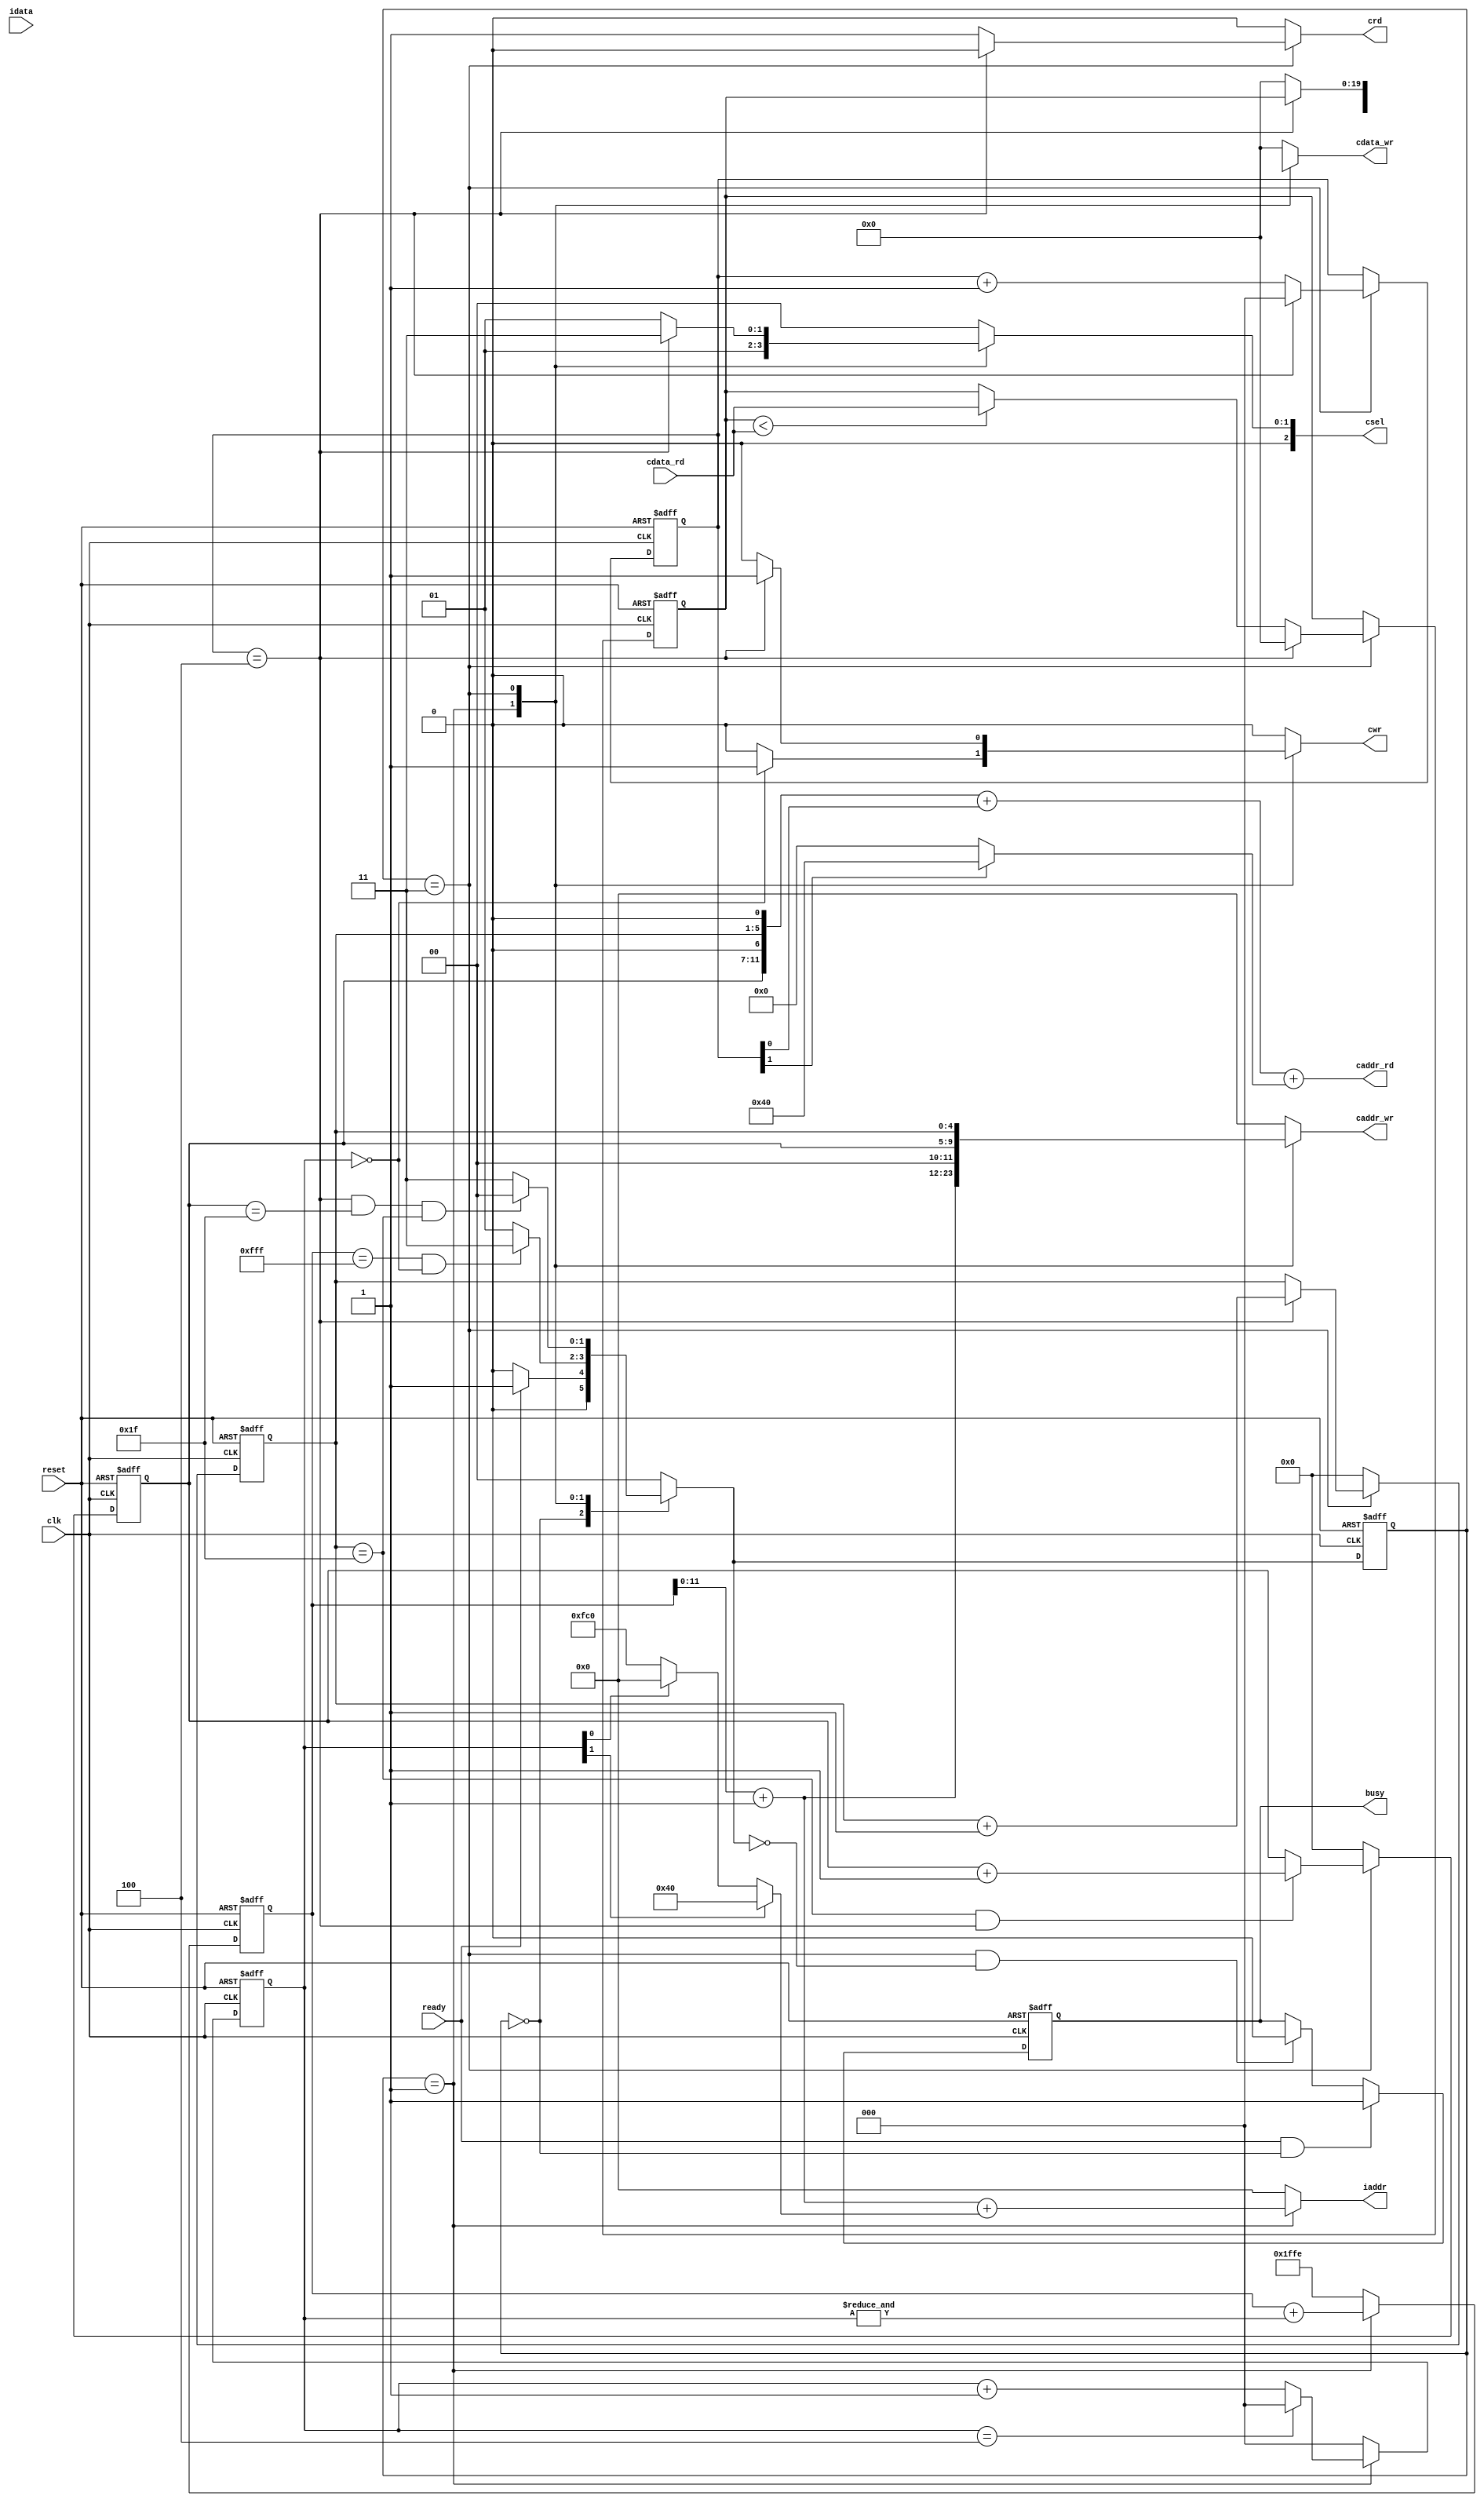
module  CONV(
	input		clk,
	input		reset,
	output reg  busy,	
	input		ready,	
			
	output reg [11:0]iaddr,
	input [19:0]idata,	
	
	output reg	cwr,
	output reg [11:0]caddr_wr,
	output reg [19:0]cdata_wr,
	
	output	 	crd,
	output[11:0]caddr_rd,
	input [19:0]cdata_rd,
	
	output reg [2:0]csel
);

// --------------------------------------------------------
// share data
// --------------------------------------------------------
//reg cwr_0;
wire [11:0] caddr_wr_0;
wire [19:0] cdata_wr_0;
wire cwr_0, cwr_1;
//reg [2:0] csel_0;

wire eof_L1;
wire [2:0] csel_1;
wire [11:0]caddr_wr_1;
wire [19:0]cdata_wr_1;
reg [19:0]buffer_comp;

// -------------------------------------------------------
// reg & wire
// -------------------------------------------------------
reg signed [19:0] window[8:0];
wire signed [19:0]window_0[2:0];
wire signed [19:0]window_L[2:0]; //last
wire signed [42:0] sum;
wire signed [42:0] after_bias;
wire signed [42:0] Relu_result;
wire signed [19:0]final_result;

wire [11:0]offset;
wire [11:0]iaddr_temp;
reg [39:0] sum_reg[7:0]; 

// cao
reg [2:0]state_cnt;
reg [4:0]row_cnt;
reg [4:0]col_cnt;
wire [11:0]temp;

// henry
reg [2:0] cnt;
reg [12:0] iaddr_cnt;

wire   eof_L0;
// -------------------------------------------------------
// parameter & genvar
// -------------------------------------------------------
parameter S_READY  = 2'b00;
parameter S_LAYER0 = 2'b01;
parameter S_LAYER1 = 2'b11;

parameter signed kernel_0 = 20'h0A89E;
parameter signed kernel_1 = 20'h092D5;
parameter signed kernel_2 = 20'h06D43;
parameter signed kernel_3 = 20'h01004;
parameter signed kernel_4 = 20'hF8F71;
parameter signed kernel_5 = 20'hF6E54;
parameter signed kernel_6 = 20'hFA6D7;
parameter signed kernel_7 = 20'hFC834;
parameter signed kernel_8 = 20'hFAC19;


reg [1:0] c_state,n_state;

genvar i;


// -------------------------------------------------------
// Design 
// -------------------------------------------------------
assign window_0[0] = (iaddr_cnt[5:0] == 'd0) ? 20'd0 :  window[0];
assign window_0[1] = (iaddr_cnt[5:0] == 'd0) ? 20'd0 :  window[3];
assign window_0[2] = (iaddr_cnt[5:0] == 'd0) ? 20'd0 :  window[6];

assign window_L[0] = (iaddr_cnt[5:0] == 'd63) ? 20'd0 :  window[2];
assign window_L[1] = (iaddr_cnt[5:0] == 'd63) ? 20'd0 :  window[5];
assign window_L[2] = (iaddr_cnt[5:0] == 'd63) ? 20'd0 :  window[8];

// =============================================================================
assign eof_L0 = (iaddr_cnt == 13'h0fff && cnt == 2'd4);  
assign after_bias = sum + {4'd0,20'h01310,16'd0}; 
assign Relu_result = (after_bias[42])? 43'd0: after_bias;
assign final_result = $signed(Relu_result[35:16]) + {19'd0,Relu_result[15]};
// =============================================================================
assign cwr_0 = (cnt == 2'd4) ? 1'b1 : 1'b0;
assign cdata_wr_0 = final_result;
assign caddr_wr_0 = iaddr_cnt + 13'd1;

wire [19:0]window_w[8:0];

assign {window_w[8],window_w[7],window_w[6],window_w[5],window_w[4],window_w[3],window_w[2],window_w[1],window_w[0]} = {window_L[2],window[7],window_0[2],window_L[1],window[4],window_0[1],window_L[0],window[1],window_0[0]};


assign sum = sum_reg[0] + sum_reg[1] + sum_reg[2]+ sum_reg[3]+ sum_reg[4]+ sum_reg[5]+ sum_reg[6]+ sum_reg[7]+ sum_reg[8];

always @(posedge clk or negedge reset) begin
    if (!reset) begin
        sum_reg[0] <= 40'd0;       
        sum_reg[1] <= 40'd0;       
        sum_reg[2] <= 40'd0;       
        sum_reg[3] <= 40'd0;       
        sum_reg[4] <= 40'd0;       
        sum_reg[5] <= 40'd0;       
        sum_reg[6] <= 40'd0;       
        sum_reg[7] <= 40'd0;       
        sum_reg[8] <= 40'd0;       
    end
    else begin
        sum_reg[0] <= window_0[0]*kernel_0;
        sum_reg[1] <= window[1]*kernel_1;             
        sum_reg[2] <= window_L[0]*kernel_2; 
        sum_reg[3] <= window_0[1]*kernel_3; 
        sum_reg[4] <= window[4]*kernel_4; 
        sum_reg[5] <= window_L[1]*kernel_5; 
        sum_reg[6] <= window_0[2]*kernel_6;  
        sum_reg[7] <= window[7]*kernel_7; 
        sum_reg[8] <= window_L[2]*kernel_8; 
    end     
end


                                 
generate                         
for (i = 0; i < 9; i = i + 1) begin
    if (i == 2 || i == 5 || i == 8) begin
        always @(posedge clk or posedge reset) begin
            if (reset) window[i] <=  20'd0;
            else begin
                if (i == 2) begin
                    if (cnt != 2'd0) window[i] <= window[i];
                    else if (iaddr_temp < 12'd64) window[i] <= 20'd0;
                    else window[i] <= idata;
                end
                else if (i == 5) begin
                    if (cnt != 2'd1) window[i] <= window[i];
                    else window[i] <= idata;
                end 
                else if (i == 8) begin
                    if (cnt != 2'd2) window[i] <= window[i];
                    else if (iaddr_temp >= 12'd4032) window[i] <= 20'd0;
                    else window[i] <= idata;
                end
            end
        end
    end 
    else begin
        always @(posedge clk or posedge reset) begin
            if (reset) window[i] <=  20'd0;
            else if (cnt == 2'd3) window[i] <= window[i + 1];
            else window[i] <= window[i];
        end
    end
end
endgenerate 

always @(posedge clk or posedge reset) begin
    if (reset) cnt <= 3'd0;
    else begin
        case (c_state) 
            S_LAYER0 : cnt <= (cnt == 3'd4) ? 3'd0 : cnt + 3'd1;
            default : cnt <= 3'd0;
        endcase 
    end
end

always @(posedge clk or posedge reset) begin
    if (reset) iaddr_cnt <= 13'b111_1111_11_1110;
    else begin
        if (c_state == S_LAYER0) iaddr_cnt <= iaddr_cnt + {12'd0, &cnt};
        else iaddr_cnt <= 13'b111_1111_11_1110;
    end
end
//--------error-------------------------------------------

assign iaddr_temp = iaddr_cnt + 12'd1;
assign offset = (cnt[1])? 12'd64 : (cnt[0])?12'd0: -12'd64;
always @(*) begin
    if (c_state == S_LAYER0) iaddr = iaddr_temp + offset; 
    else iaddr = 12'd0;
end


// -------------------------------------------------------
// Output 
// -------------------------------------------------------




//-------------FSM---------------------//
always@(posedge clk, posedge reset)begin
	if(reset)
		c_state <= S_READY;
	else
		c_state <= n_state;
end

always@(*)begin
	case(c_state)
	S_READY: if(ready) n_state = S_LAYER0; else n_state = S_READY;
	S_LAYER0:if(eof_L0) n_state = S_LAYER1; else n_state = S_LAYER0;
	S_LAYER1:if(eof_L1) n_state = S_READY;  else n_state = S_LAYER1;
	default: n_state = S_READY;
	endcase
end


//------------output block ----------//
always@(posedge clk, posedge reset)begin
	if(reset)
		busy <= 1'b0;
	else
		if(ready && c_state == S_READY)
			busy <= 1'b1;
		else if(c_state == S_LAYER1 && n_state == S_READY)
			busy <= 1'b0;
		else	
			busy <= busy;
end


//--------------share block -------------------------//
always@(*)begin
	case(c_state)
	S_LAYER0:csel = 3'b001;
	S_LAYER1:csel = csel_1;
	default: csel = 3'b0;
	endcase
end

always@(*)begin
	case(c_state)
	S_LAYER0:cwr = cwr_0;
	S_LAYER1:cwr = cwr_1;
	default: cwr = 1'b0;
	endcase
end

always@(*)begin
	case(c_state)
	S_LAYER0:caddr_wr = caddr_wr_0;
	S_LAYER1:caddr_wr = caddr_wr_1;
	default: caddr_wr = 12'b0;
	endcase
end

always@(*)begin
	case(c_state)
	S_LAYER0:cdata_wr = cdata_wr_0;
	S_LAYER1:cdata_wr = cdata_wr_1;
	default: cdata_wr = 20'b0;
	endcase
end

/*
reg [2:0]state_cnt;
reg [5:0]row_cnt;
reg [5:0]col_cnt;

*/

//--------------Layer 1 block -------------------------//
assign csel_1 = (state_cnt==3'd4)?3'b011:3'b001;
// read Layer 0 result
assign temp = (state_cnt[1])?12'd64: 12'd0;
assign crd = (c_state == S_LAYER1)?((state_cnt==3'd4)?1'b0:1'b1): 1'b0;
//wire [11:0] temp_rd;
//wire [5:0] temp_col;
//wire [5:0] temp_row;
//assign temp_col = col_cnt<<1;
//assign temp_row = row_cnt<<1;
//assign temp_rd = {temp_col,temp_row};
//assign temp_rd = {col_cnt,1'b0,row_cnt,1'b0};
assign caddr_rd = {col_cnt,1'b0,row_cnt,1'b0} + {11'b0,state_cnt[0]} + temp  ; //temp_rd + {11'b0,state_cnt[0]} + temp

// write back to Layer 1 result
assign cwr_1 = (c_state == S_LAYER1)?((state_cnt==3'd4)?1'b1:1'b0): 1'b0;
assign caddr_wr_1 = {1'b0, col_cnt, row_cnt};
assign cdata_wr_1 = (state_cnt==3'd4)?buffer_comp:20'b0;

assign eof_L1 = (state_cnt == 3'd4) & (col_cnt == 5'd31) & (row_cnt == 5'd31);
always@(posedge clk, posedge reset)begin
	if(reset)
		state_cnt <= 3'd0;
	else
		if(c_state == S_LAYER1)begin
			if(state_cnt == 3'd4)
				state_cnt <= 3'd0;
			else
				state_cnt <= state_cnt + 3'd1;
		end
end

// store element for compare result 
always@(posedge clk, posedge reset)begin
	if(reset)
		buffer_comp <= 2'b0;
	else
		if(c_state == S_LAYER1)begin
			if(state_cnt == 3'd4) begin
				buffer_comp <= 3'd0;
			end else begin
				if(buffer_comp < cdata_rd)
					buffer_comp <= cdata_rd;
				else
					buffer_comp <= buffer_comp;
			end
		end
end

// row counter
always@(posedge clk, posedge reset)begin
	if(reset)
		row_cnt <= 5'd0;
	else
		if(c_state == S_LAYER1)begin
			if(state_cnt == 3'd4) 
				row_cnt <= row_cnt + 5'd1;
		end
		else begin
			row_cnt <= 5'd0;
		end
end

// column counter
always@(posedge clk, posedge reset)begin
	if(reset)
		col_cnt <= 5'd0;
	else
		if(c_state == S_LAYER1)begin
			if(row_cnt == 5'd31 && state_cnt == 3'd4) 
				col_cnt <= col_cnt + 5'd1;
		end
		else begin
			col_cnt <= 5'd0;
		end
end




endmodule